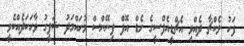
ފަހު ލެކްޗާ ދެއްވި އެޗްޑީއެފްސީގެ ހެޑް އޮފް ފިނޭންސް މުހައްމަދު ޝަފީގު ވާހަކަދެއްކެވީ